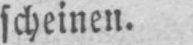
scheinen.